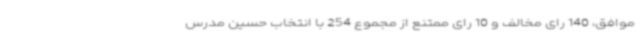
موافق، 140 رای مخالف و 10 رای ممتنع از مجموع 254 با انتخاب حسین مدرس